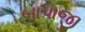
બાપાજી